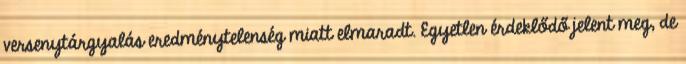
versenytárgyalás eredménytelenség miatt elmaradt. Egyetlen érdeklődő jelent meg, de